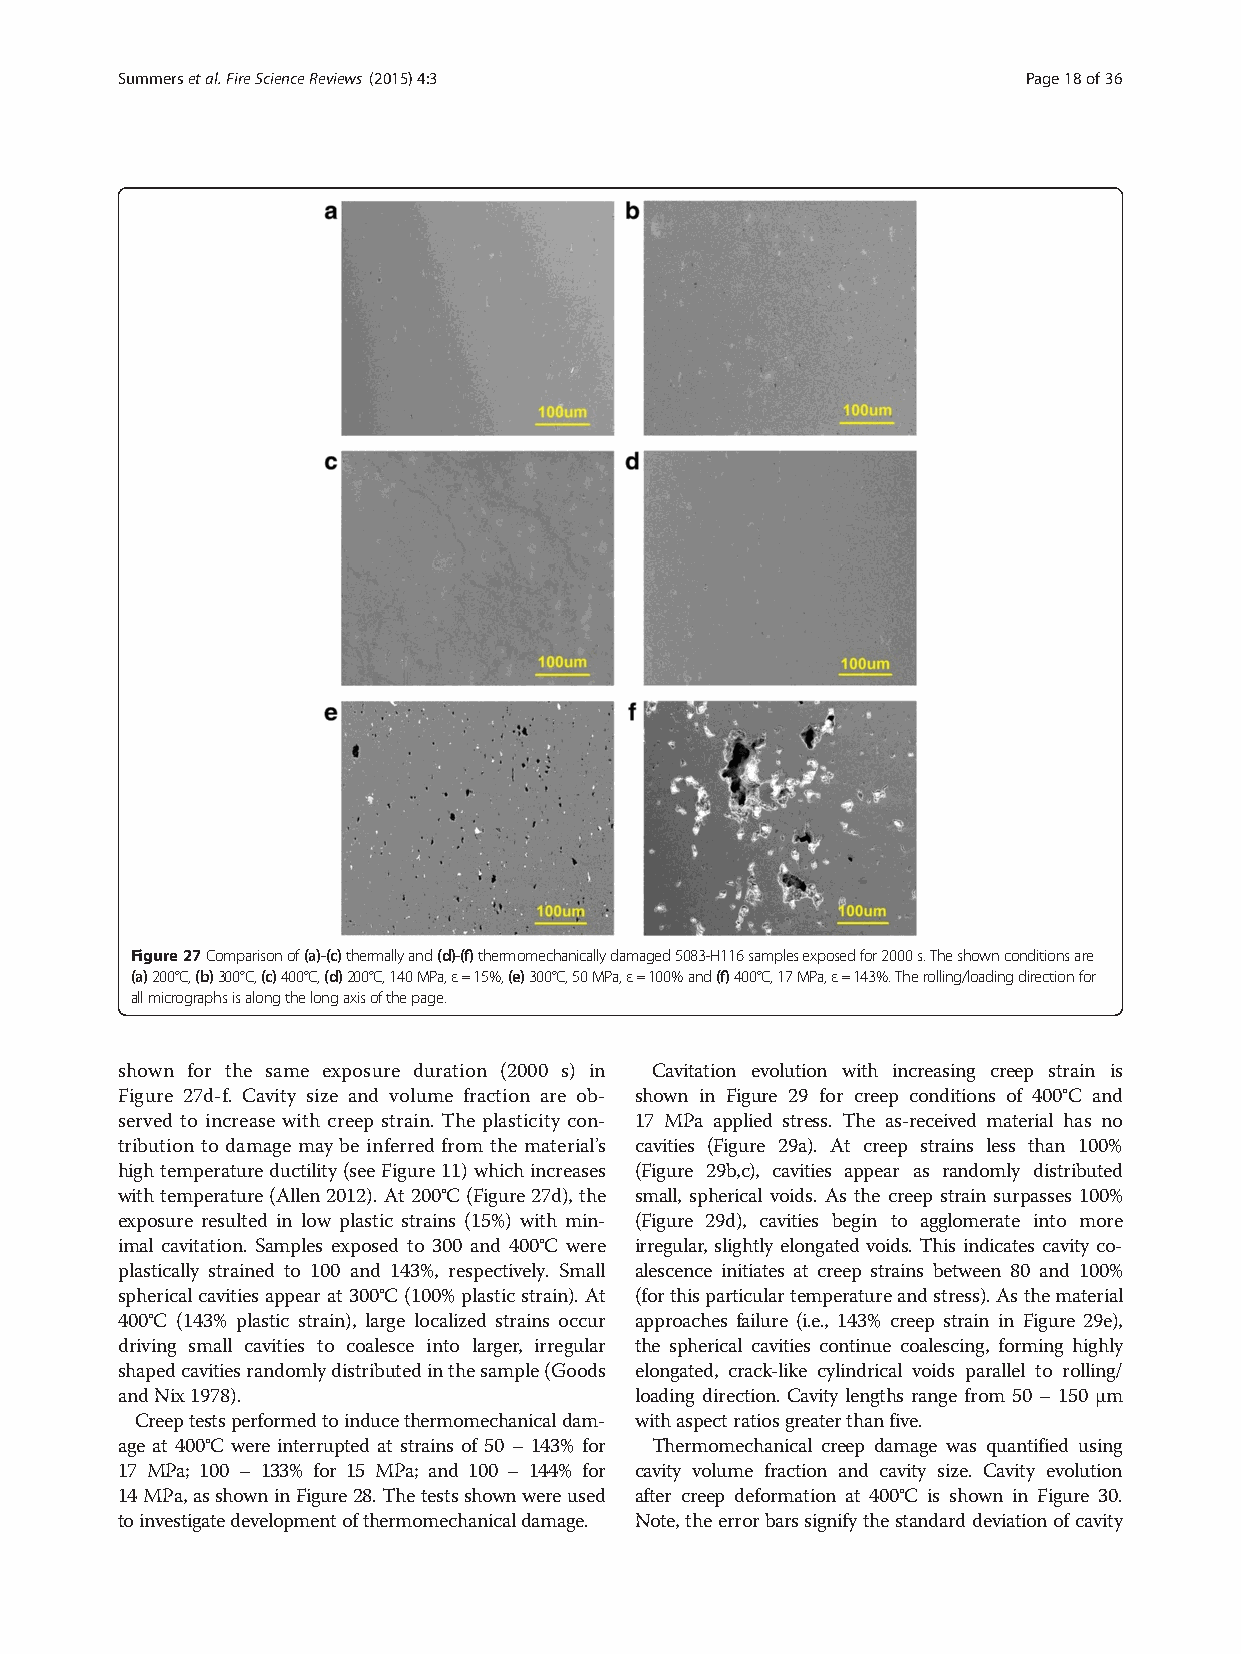
Summersetal.FireScienceReviews (2015) 4:3                   Page18of36
 Figure27Comparisonof(a)-(c)thermallyand(d)-(f)thermomechanicallydamaged5083-H116samplesexposedfor2000s.Theshownconditionsare
 (a)200°C,(b)300°C,(c)400°C,(d)200°C,140MPa,ε=15%,(e)300°C,50MPa,ε=100%and(f)400°C,17MPa,ε=143%.Therolling/loadingdirectionfor
 allmicrographsisalongthelongaxisofthepage.
 shown for the same exposure duration (2000 s) in Cavitation evolution with increasing creep strain is
 Figure 27d-f. Cavity size and volume fraction are ob- shown in Figure 29 for creep conditions of 400°C and
 served to increase with creep strain. The plasticity con- 17 MPa applied stress. The as-received material has no
 tribution to damage may be inferred from the material’s cavities (Figure 29a). At creep strains less than 100%
 hightemperatureductility(seeFigure11)whichincreases (Figure 29b,c), cavities appear as randomly distributed
 withtemperature(Allen2012).At200°C(Figure27d),the small, spherical voids. As the creep strain surpasses 100%
 exposure resulted in low plastic strains (15%) with min- (Figure 29d), cavities begin to agglomerate into more
 imal cavitation. Samples exposed to 300 and 400°C were irregular, slightly elongated voids. This indicates cavity co-
 plastically strained to 100 and 143%, respectively. Small alescence initiates at creep strains between 80 and 100%
 sphericalcavitiesappearat300°C(100%plasticstrain).At (forthisparticulartemperatureandstress).Asthematerial
 400°C (143% plastic strain), large localized strains occur approaches failure (i.e., 143% creep strain in Figure 29e),
 driving small cavities to coalesce into larger, irregular the spherical cavities continue coalescing, forming highly
 shapedcavitiesrandomlydistributedinthesample(Goods elongated, crack-like cylindrical voids parallel to rolling/
 andNix1978).                      loading direction. Cavity lengths range from 50 – 150 μm
 Creeptestsperformedtoinducethermomechanicaldam- withaspectratiosgreaterthanfive.
 age at 400°C were interrupted at strains of 50 – 143% for Thermomechanical creep damage was quantified using
 17 MPa; 100 – 133% for 15 MPa; and 100 – 144% for cavity volume fraction and cavity size. Cavity evolution
 14MPa,asshowninFigure28.Thetestsshownwereused after creep deformation at 400°C is shown in Figure 30.
 toinvestigatedevelopmentofthermomechanicaldamage. Note,theerrorbarssignifythestandarddeviationofcavity